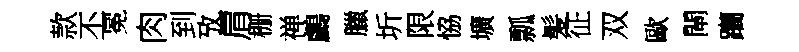
款丕冕肉到攷一肩栅禅鸕臘圻限恊壙瓢髪征双歐閘躪